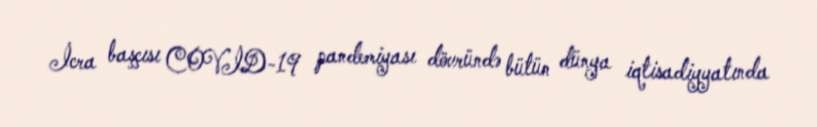
İcra başçısı COVİD-19 pandemiyası dövründə bütün dünya iqtisadiyyatında